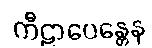
ကီဠာပေန္တေန